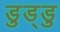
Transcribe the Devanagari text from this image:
डुड्डु